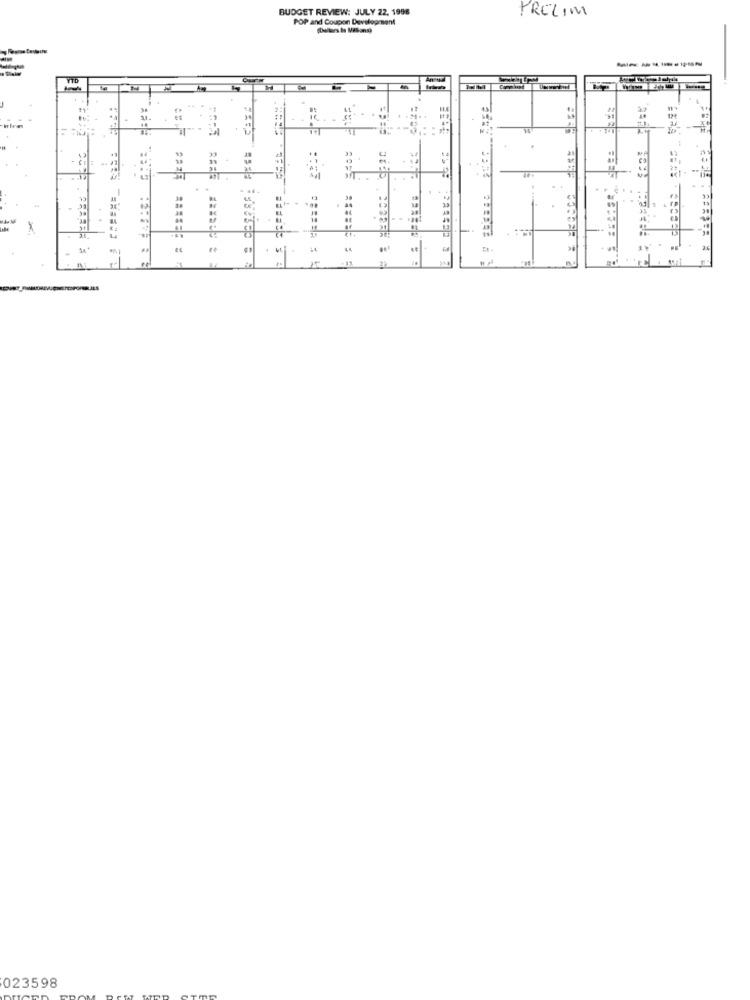
BUDGET REVIEW: JULY 22, 1998
PRELIM
POP and Coupon Development
--------
VID
4
..
re
023598